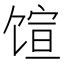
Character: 𬳇